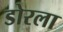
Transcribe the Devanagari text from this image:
डोरला